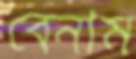
বেনাম